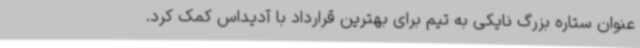
عنوان ستاره بزرگ نایکی به تیم برای بهترین قرارداد با آدیداس کمک کرد.